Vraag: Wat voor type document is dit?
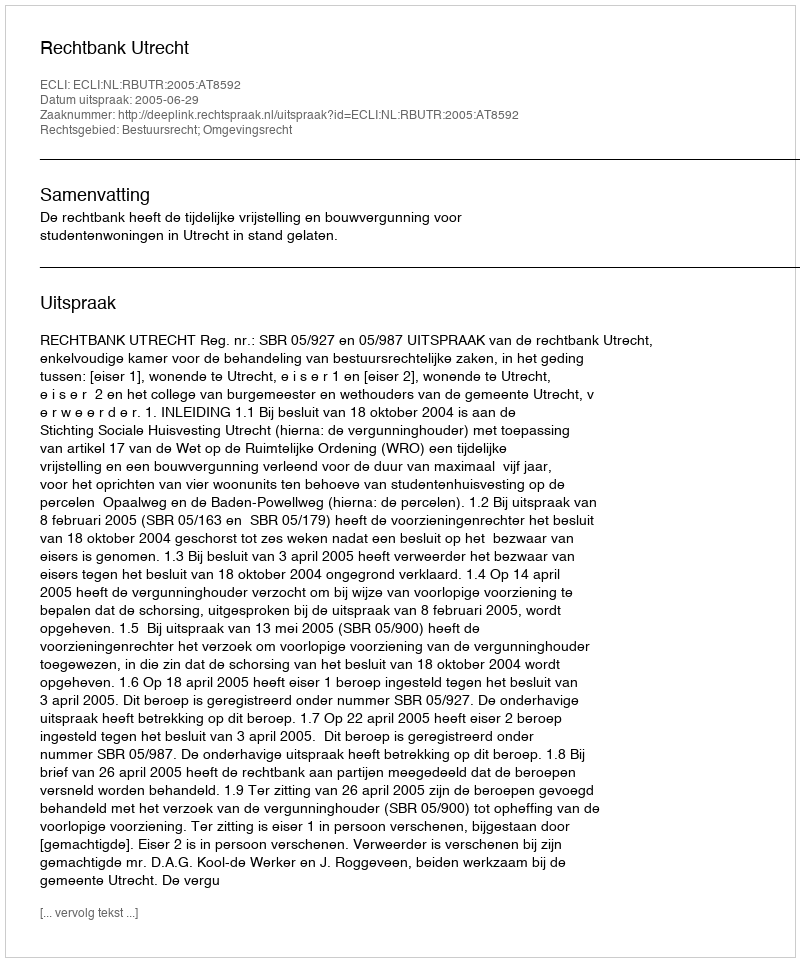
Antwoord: Uitspraak